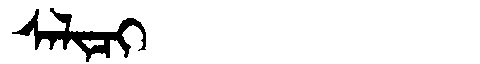
Manchu: ᠰᠠᠯᡳᠴᡳ
Romanization: SALICI